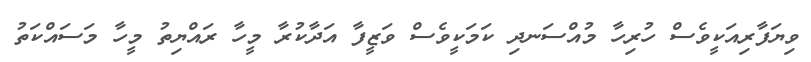
ވިޔަފާރިއަކީވެސް ހުރިހާ މުއްސަނދި ކަމަކީވެސް ވަޒީފާ އަދާކުރާ މީހާ ރައްޔިތު މީހާ މަސައްކަތު